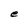
Character: e